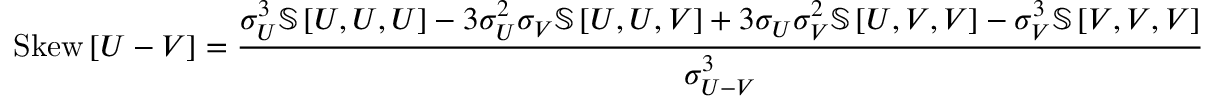
\mathrm { S k e w } \left[ U - V \right] = \frac { \sigma _ { U } ^ { 3 } \mathbb { S } \left[ U , U , U \right] - 3 \sigma _ { U } ^ { 2 } \sigma _ { V } \mathbb { S } \left[ U , U , V \right] + 3 \sigma _ { U } \sigma _ { V } ^ { 2 } \mathbb { S } \left[ U , V , V \right] - \sigma _ { V } ^ { 3 } \mathbb { S } \left[ V , V , V \right] } { \sigma _ { U - V } ^ { 3 } }